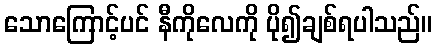
သောကြောင့်ပင် နီကိုလေကို ပို၍ချစ်ရပါသည်။